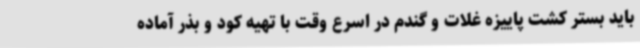
باید بستر کشت پاییزه غلات و گندم در اسرع وقت با تهیه کود و بذر آماده